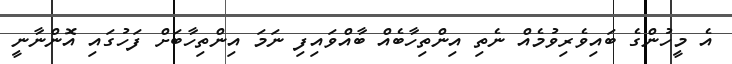
އެ މީހުންގެ ބައިވެރިވުމެއް ނެތި އިންތިހާބެއް ބާއްވައިފި ނަމަ އިންތިހާބަށް ފަހުގައި އޮންނާނީ